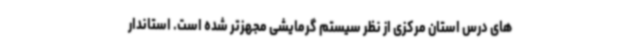
های درس استان مرکزی از نظر سیستم گرمایشی مجهزتر شده است. استاندار